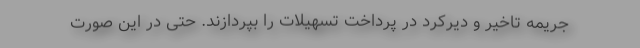
جریمه تاخیر و دیرکرد در پرداخت تسهیلات را بپردازند. حتی در این صورت